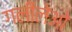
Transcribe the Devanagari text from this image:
गलीलेओ